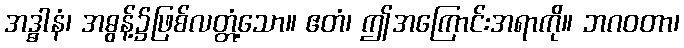
အဒ္ဓါနံ၊ အဓွန့်၌ဖြစ်လတ္တံ့သော။ ဧတံ၊ ဤအကြောင်းအရာကို။ ဘဂဝတာ၊